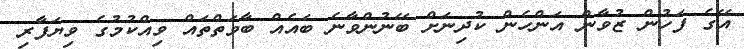
އޭގެ ފަހުން ޒުވާން އަންހެން ކުދިނަށް ބޭނުންވާނެ ބައެއް ބާވަތްތައް ވިއްކުމުގެ ވިޔަފާރި